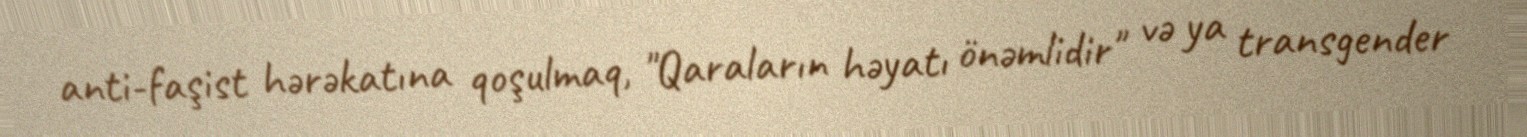
anti-faşist hərəkatına qoşulmaq, "Qaraların həyatı önəmlidir" və ya transgender